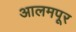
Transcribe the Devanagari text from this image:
आलमपूर